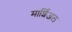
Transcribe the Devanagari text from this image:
मार्शिअल